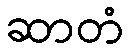
ဆာတံ